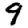
Digit: 9